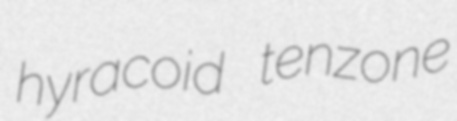
hyracoid tenzone